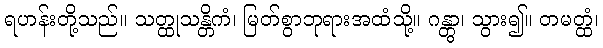
ရဟန်းတို့သည်။ သတ္ထုသန္တိကံ၊ မြတ်စွာဘုရားအထံသို့။ ဂန္တွာ၊ သွား၍။ တမတ္ထံ၊